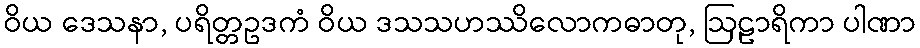
ဝိယ ဒေသနာ, ပရိတ္တဥဒကံ ဝိယ ဒသသဟဿိလောကဓာတု, ဩဠာရိကာ ပါဏာ